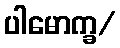
ပါမောက္ခ/